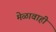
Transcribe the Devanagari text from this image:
मेळावाही